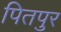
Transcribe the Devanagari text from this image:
पितपुर